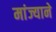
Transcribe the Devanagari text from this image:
मांज्याने